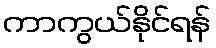
ကာကွယ်နိုင်ရန်